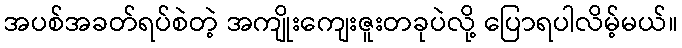
အပစ်အခတ်ရပ်စဲတဲ့ အကျိုးကျေးဇူးတခုပဲလို့ ပြောရပါလိမ့်မယ်။